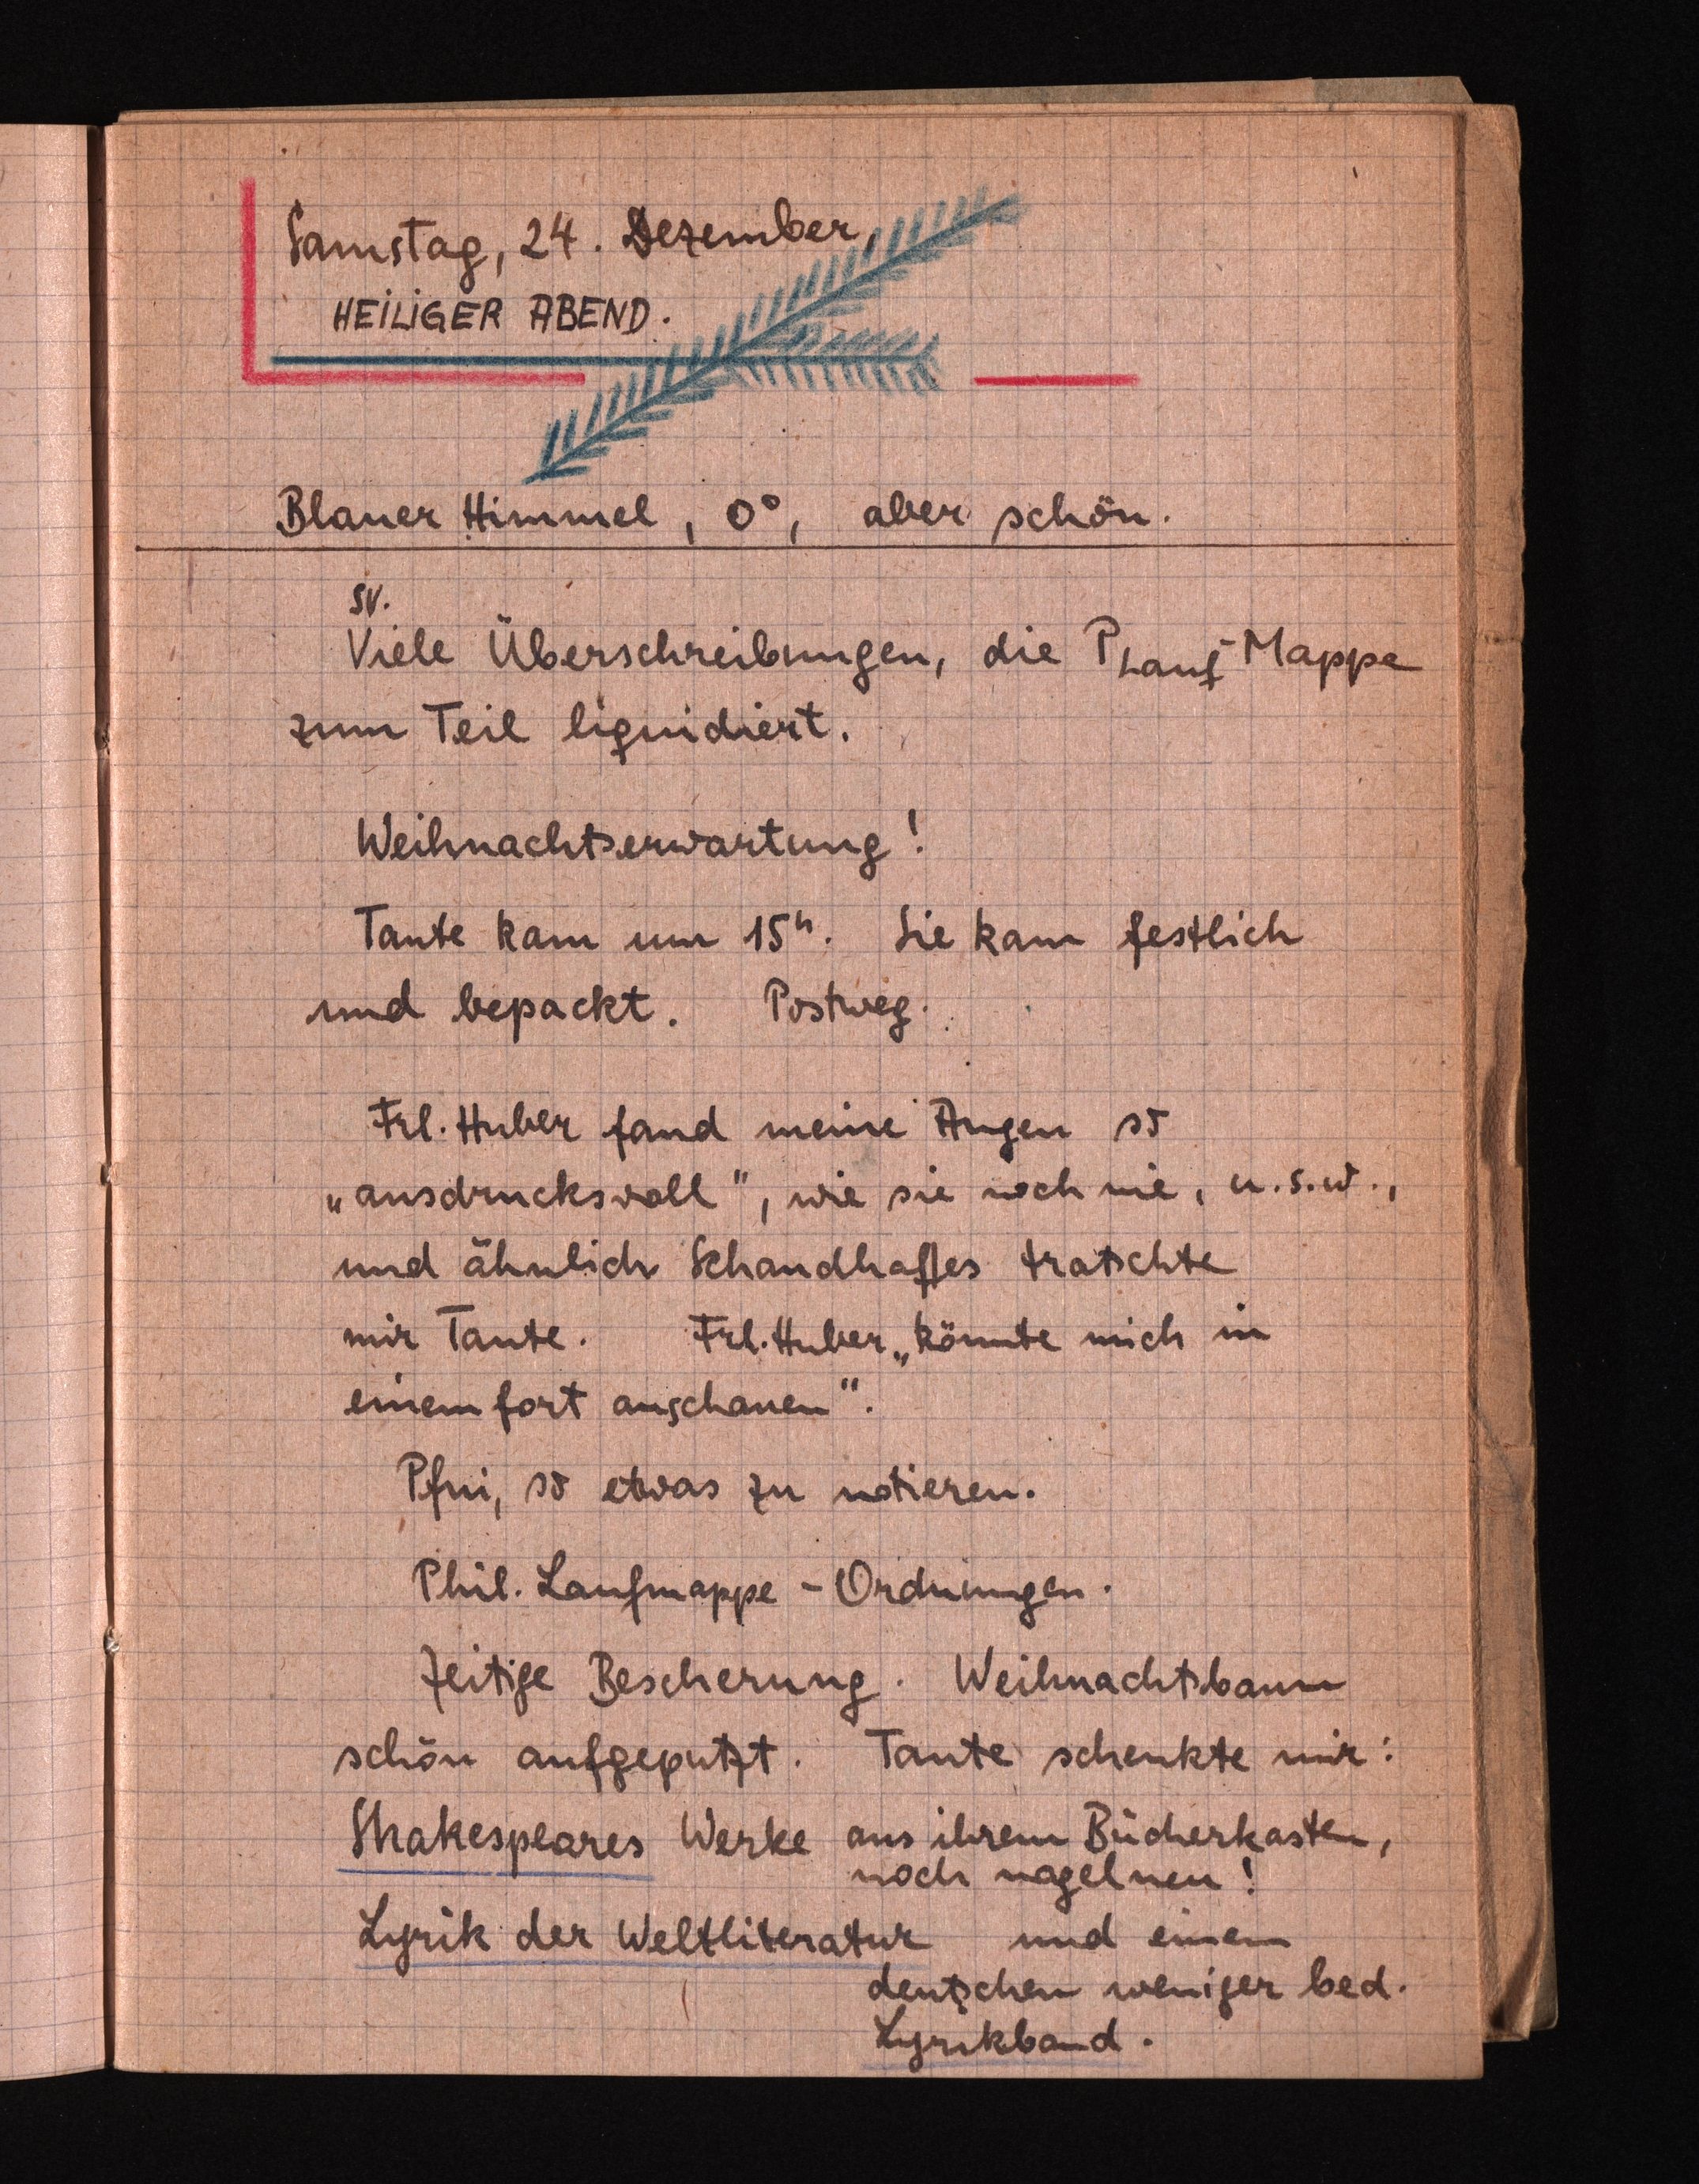
Samstag, 24. Dezember, 1
HEILIGER ABEND
Blauer Himmel, O°, aber schön.
54.
Viele Überschreibungen, die Trane Mappe
zum Teil lignidiert.
Weihnachtserwartung.
Tante kam um 15h. Sie kam festlich
und bepackt. Postweg.
Frl. Huber fand meine Augen so
"ausdrücksvoll", wie sie noch ne, u. S.w.,
und ähnlich Schandhaftes tratschte
mir Tante. Frl.Huber könnte mich im
einemfort anschauen.
Pfni, so etwas zu notieren.
Phil. Laufmappe-Ordnungen.
Zeitige Bescherung. Weilnachtsbann
schön aufgeputzt. Tante schenkte mir:
Strakesplares Werke aus ihrem Bücherkasten,
noch nagelnen!
Lyrik der Weltliteratur und einem
deutschen weniger bed.
Lunkband.